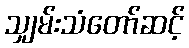
သျှမ်းသံတော်ဆင့်